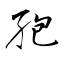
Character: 孢